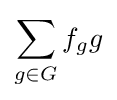
\sum _{g\in G}f_{g}g